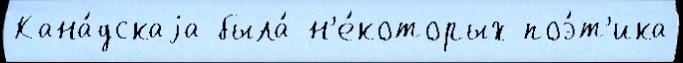
Кана́дскаjа была́ н'е́которых поэ́т'ика